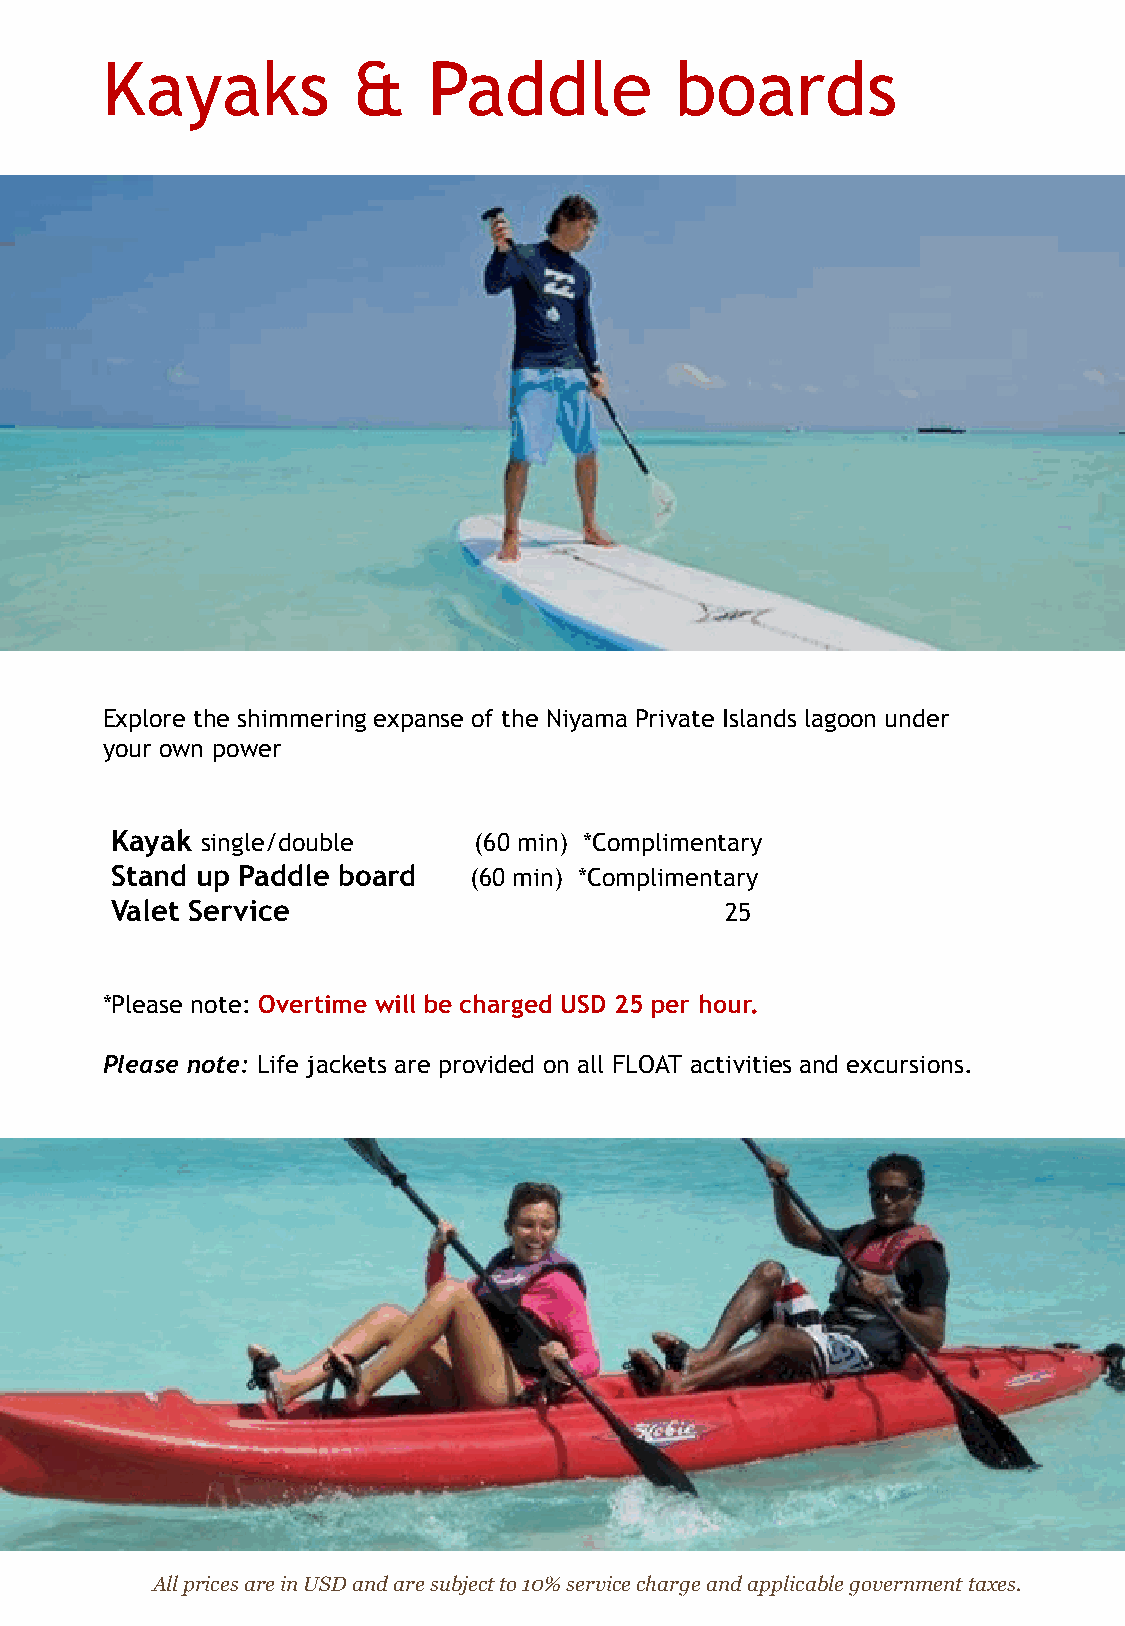
Kayaks          &    Paddle           boards
 Explore the shimmering expanse of the Niyama Private Islands lagoon under
 your own power
 Kayak single/double     (60 min) *Complimentary
 Stand up Paddle board   (60 min) *Complimentary
 Valet Service                            25
 *Please note: Overtime will be charged USD 25 per hour.
 Please note: Life jackets are provided on all FLOAT activities and excursions.
 All prices are in USD and are subject to 10% service charge and applicable government taxes.